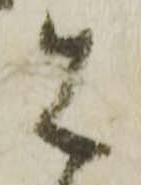
は